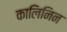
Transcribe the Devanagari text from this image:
कालिनिन